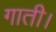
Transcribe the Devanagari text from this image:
गाती।